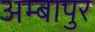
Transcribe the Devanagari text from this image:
अम्बापुर